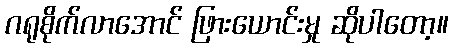
ဂရုစိုက်လာအောင် ဖြားယောင်းမှု ဆိုပါတော့။